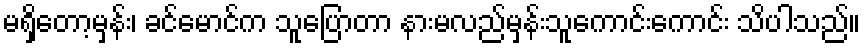
မရှိတော့မှန်း၊ ခင်မောင်က သူပြောတာ နားမလည်မှန်းသူကောင်းကောင်း သိပါသည်။